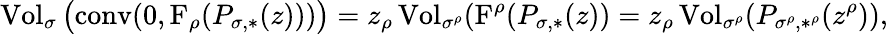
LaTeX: \operatorname{Vol}_{\sigma}\big(\mathrm{conv}(0,\mathrm{F}_{\rho}(P_{\sigma,*}(z)))\big)=z_{\rho}\operatorname{Vol}_{\sigma^{\rho}}(\mathrm{F}^{\rho}(P_{\sigma,*}(z))=z_{\rho}\operatorname{Vol}_{\sigma^{\rho}}(P_{\sigma^{\rho},*^{\rho}}(z^{\rho})),